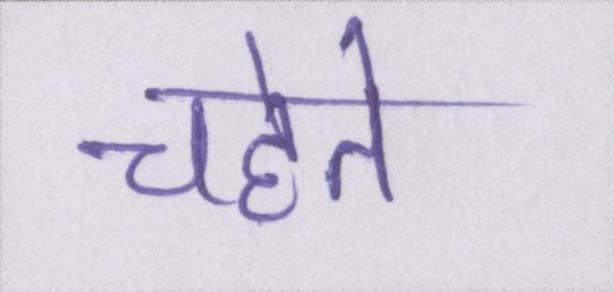
चहेते